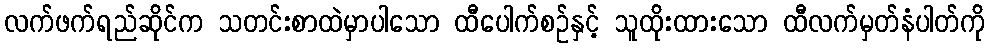
လက်ဖက်ရည်ဆိုင်က သတင်းစာထဲမှာပါသော ထီပေါက်စဉ်နှင့် သူထိုးထားသော ထီလက်မှတ်နံပါတ်ကို